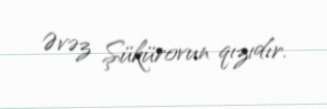
Əvəz Şükürovun qızıdır.